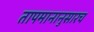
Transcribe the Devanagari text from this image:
तापमानानुसारच